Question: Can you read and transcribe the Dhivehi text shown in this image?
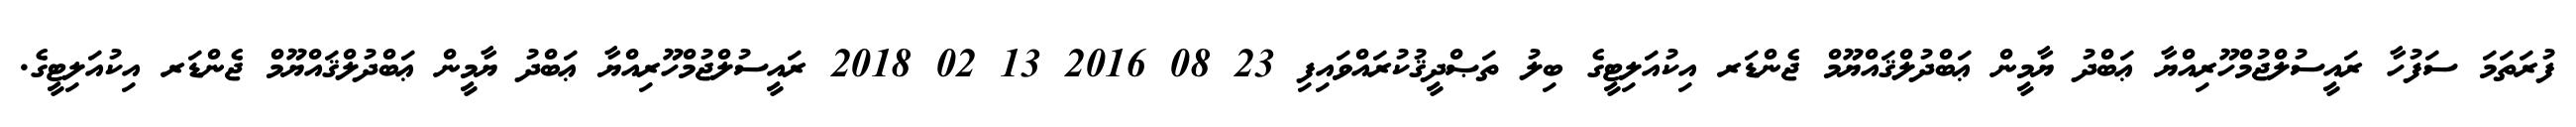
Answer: ފުރަތަމަ ސަފުހާ ރައީސުލްޖުމްހޫރިއްޔާ ޢަބްދު ޔާމީން ޢަބްދުލްޤައްޔޫމް ޖެންޑަރ އިކުއަލިޓީގެ ބިލު ތަޞްދީޤުކުރައްވައިފި 23 08 2016 13 02 2018 ރައީސުލްޖުމްހޫރިއްޔާ ޢަބްދު ޔާމީން ޢަބްދުލްޤައްޔޫމް ޖެންޑަރ އިކުއަލިޓީގެ.